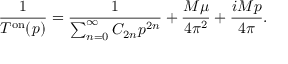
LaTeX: \frac { 1 } { T ^ { \mathrm { { o n } } } ( p ) } = \frac { 1 } { \sum _ { n = 0 } ^ { \infty } C _ { 2 n } p ^ { 2 n } } + \frac { M \mu } { 4 \pi ^ { 2 } } + \frac { i M p } { 4 \pi } .